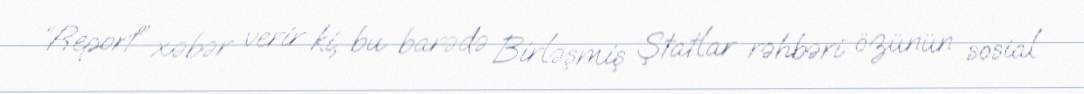
“Report” xəbər verir ki, bu barədə Birləşmiş Ştatlar rəhbəri özünün sosial